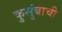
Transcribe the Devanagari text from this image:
कुसुंबाची